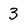
Character: 3